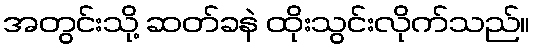
အတွင်းသို့ ဆတ်ခနဲ ထိုးသွင်းလိုက်သည်။